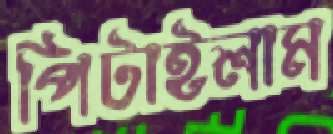
পিটাইলাম